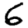
Digit: 6